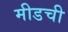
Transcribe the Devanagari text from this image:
मीडची